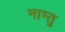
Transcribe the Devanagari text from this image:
नाम्तु